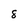
Character: 8